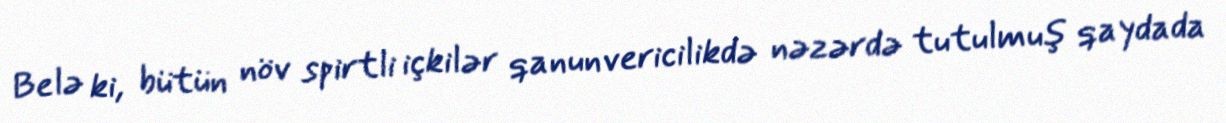
Belə ki, bütün növ spirtli içkilər qanunvericilikdə nəzərdə tutulmuş qaydada